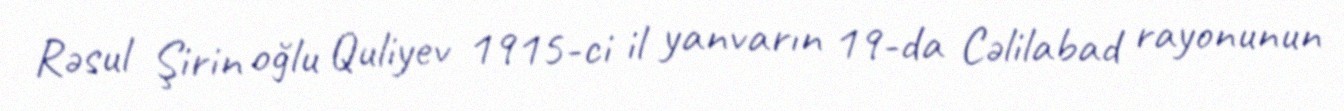
Rəsul Şirin oğlu Quliyev 1915-ci il yanvarın 19-da Cəlilabad rayonunun